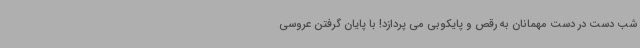
شب دست در دست مهمانان به رقص و پایکوبی می پردازد! با پایان گرفتن عروسی